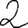
Digit: 2